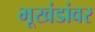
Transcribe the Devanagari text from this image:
भूखंडांवर